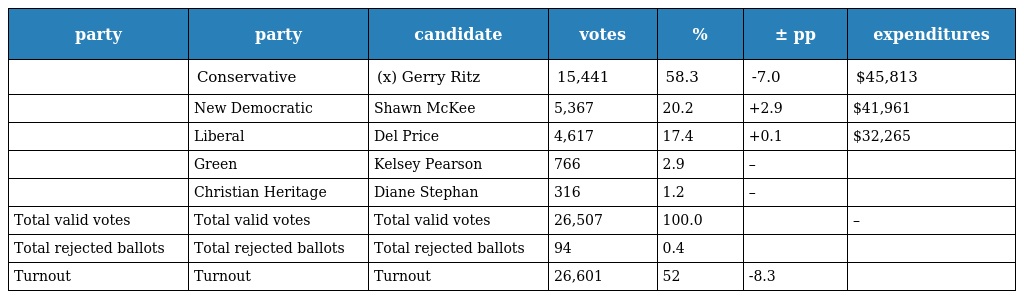
| party | party | candidate | votes | % | ± pp | expenditures |
 | --- | --- | --- | --- | --- | --- | --- |
 |  | Conservative | (x) Gerry Ritz | 15,441 | 58.3 | -7.0 | $45,813 |
 |  | New Democratic | Shawn McKee | 5,367 | 20.2 | +2.9 | $41,961 |
 |  | Liberal | Del Price | 4,617 | 17.4 | +0.1 | $32,265 |
 |  | Green | Kelsey Pearson | 766 | 2.9 | – |  |
 |  | Christian Heritage | Diane Stephan | 316 | 1.2 | – |  |
 | Total valid votes | Total valid votes | Total valid votes | 26,507 | 100.0 |  | – |
 | Total rejected ballots | Total rejected ballots | Total rejected ballots | 94 | 0.4 |  |  |
 | Turnout | Turnout | Turnout | 26,601 | 52 | -8.3 |  |